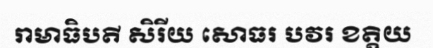
រាមាធិបតី សិរីយ សោធរ បវរ ខត្តិយ